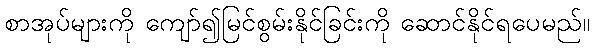
စာအုပ်များကို ကျော်၍မြင်စွမ်းနိုင်ခြင်းကို ဆောင်နိုင်ရပေမည်။